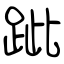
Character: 跐